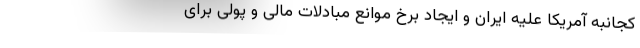
کجانبه آمریکا علیه ایران و ایجاد برخ موانع مبادلات مالی و پولی برای